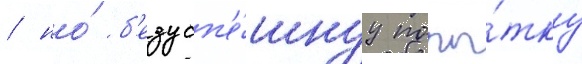
/ но́ б'езусп'е́шнуу попы́тку